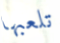
تلعبها